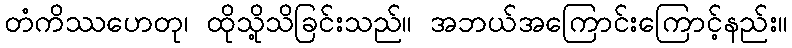
တံကိဿဟေတု၊ ထိုသို့သိခြင်းသည်။ အဘယ်အကြောင်းကြောင့်နည်း။